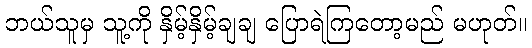
ဘယ်သူမှ သူ့ကို နှိမ့်နှိမ့်ချချ ပြောရဲကြတော့မည် မဟုတ်။